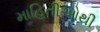
માહિતીઓથી